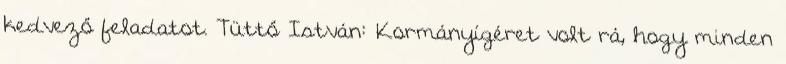
kedvező feladatot. Tüttő István: Kormányígéret volt rá, hogy minden